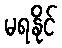
မရနိုင်